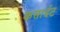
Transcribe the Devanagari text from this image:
कसाईट